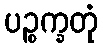
ပဉ္စက္ခတုံ